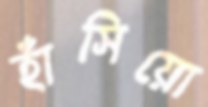
হাঁসিয়ো